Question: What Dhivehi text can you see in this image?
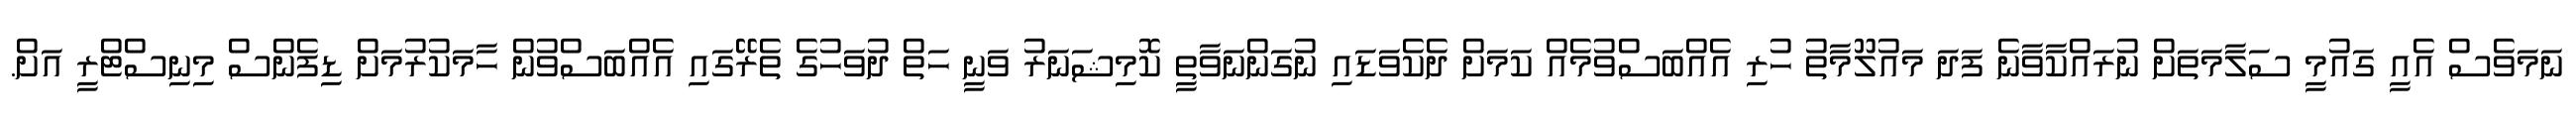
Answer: ނަމަވެސް އެއީ ގައުމީ ސަލާމަތަށް ނުރައްކާވާނެ ފަދަ މައުލޫމާތު ހުރި އެއްބަސްވުމެއް ކަމަށް ދެކެވަޑައި ނުގަންނަވާތީ ކޮމިޝަނަރު ވަނީ ހަތް ދުވަހުގެ ތެރޭގައި އެއްބަސްވުން ހާމަކުރުމަށް ޑިފެންސް މިނިސްޓްރީ އަށް.